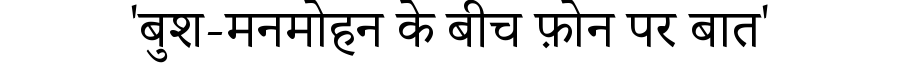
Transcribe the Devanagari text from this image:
'बुश-मनमोहन के बीच फ़ोन पर बात'